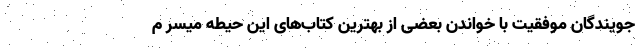
جویندگان موفقیت با خواندن بعضی از بهترین کتاب‌های این حیطه میسر م